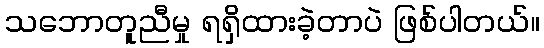
သဘောတူညီမှု ရရှိထားခဲ့တာပဲ ဖြစ်ပါတယ်။